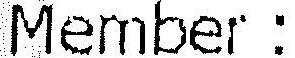
MEMBER :